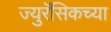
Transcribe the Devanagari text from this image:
ज्युरॅसिकच्या